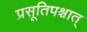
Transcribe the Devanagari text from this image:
प्रसूतिपश्चात्